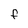
Character: F